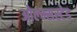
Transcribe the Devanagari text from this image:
ओल्म्सस्टेड